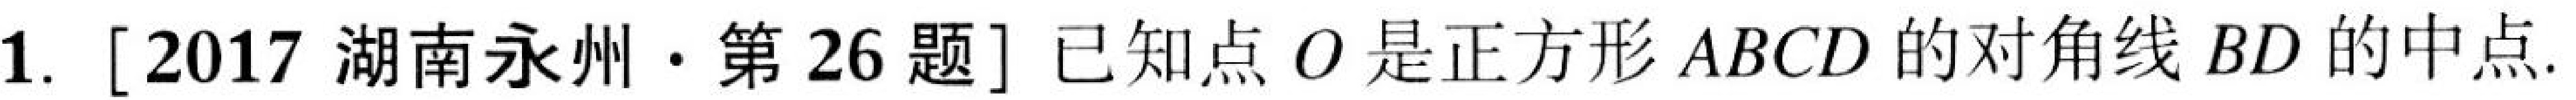
1. [2017 湖南永州·第 26 题] 已知点 \(O\) 是正方形 \(ABCD\) 的对角线 \(BD\) 的中点.